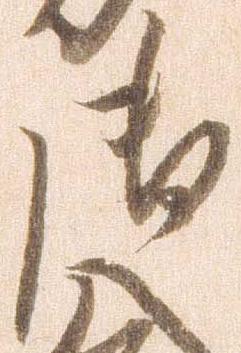
御